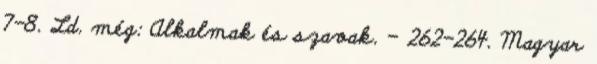
7-8. Ld. még: Alkalmak és szavak. – 262-264. Magyar